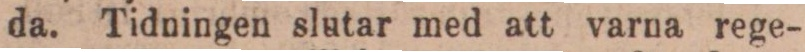
da. Tidningen slutar med att varna rege-